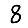
Digit: 8